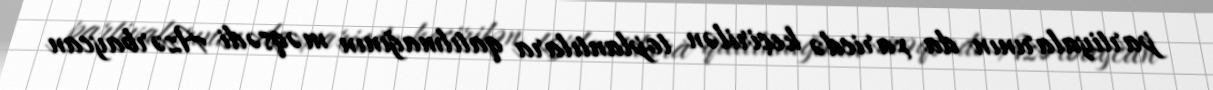
partiyalarının da xaricdə keçirilən toplantılara qatılmağının məqsədi Azərbaycan